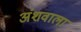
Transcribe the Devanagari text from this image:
अंशवाला